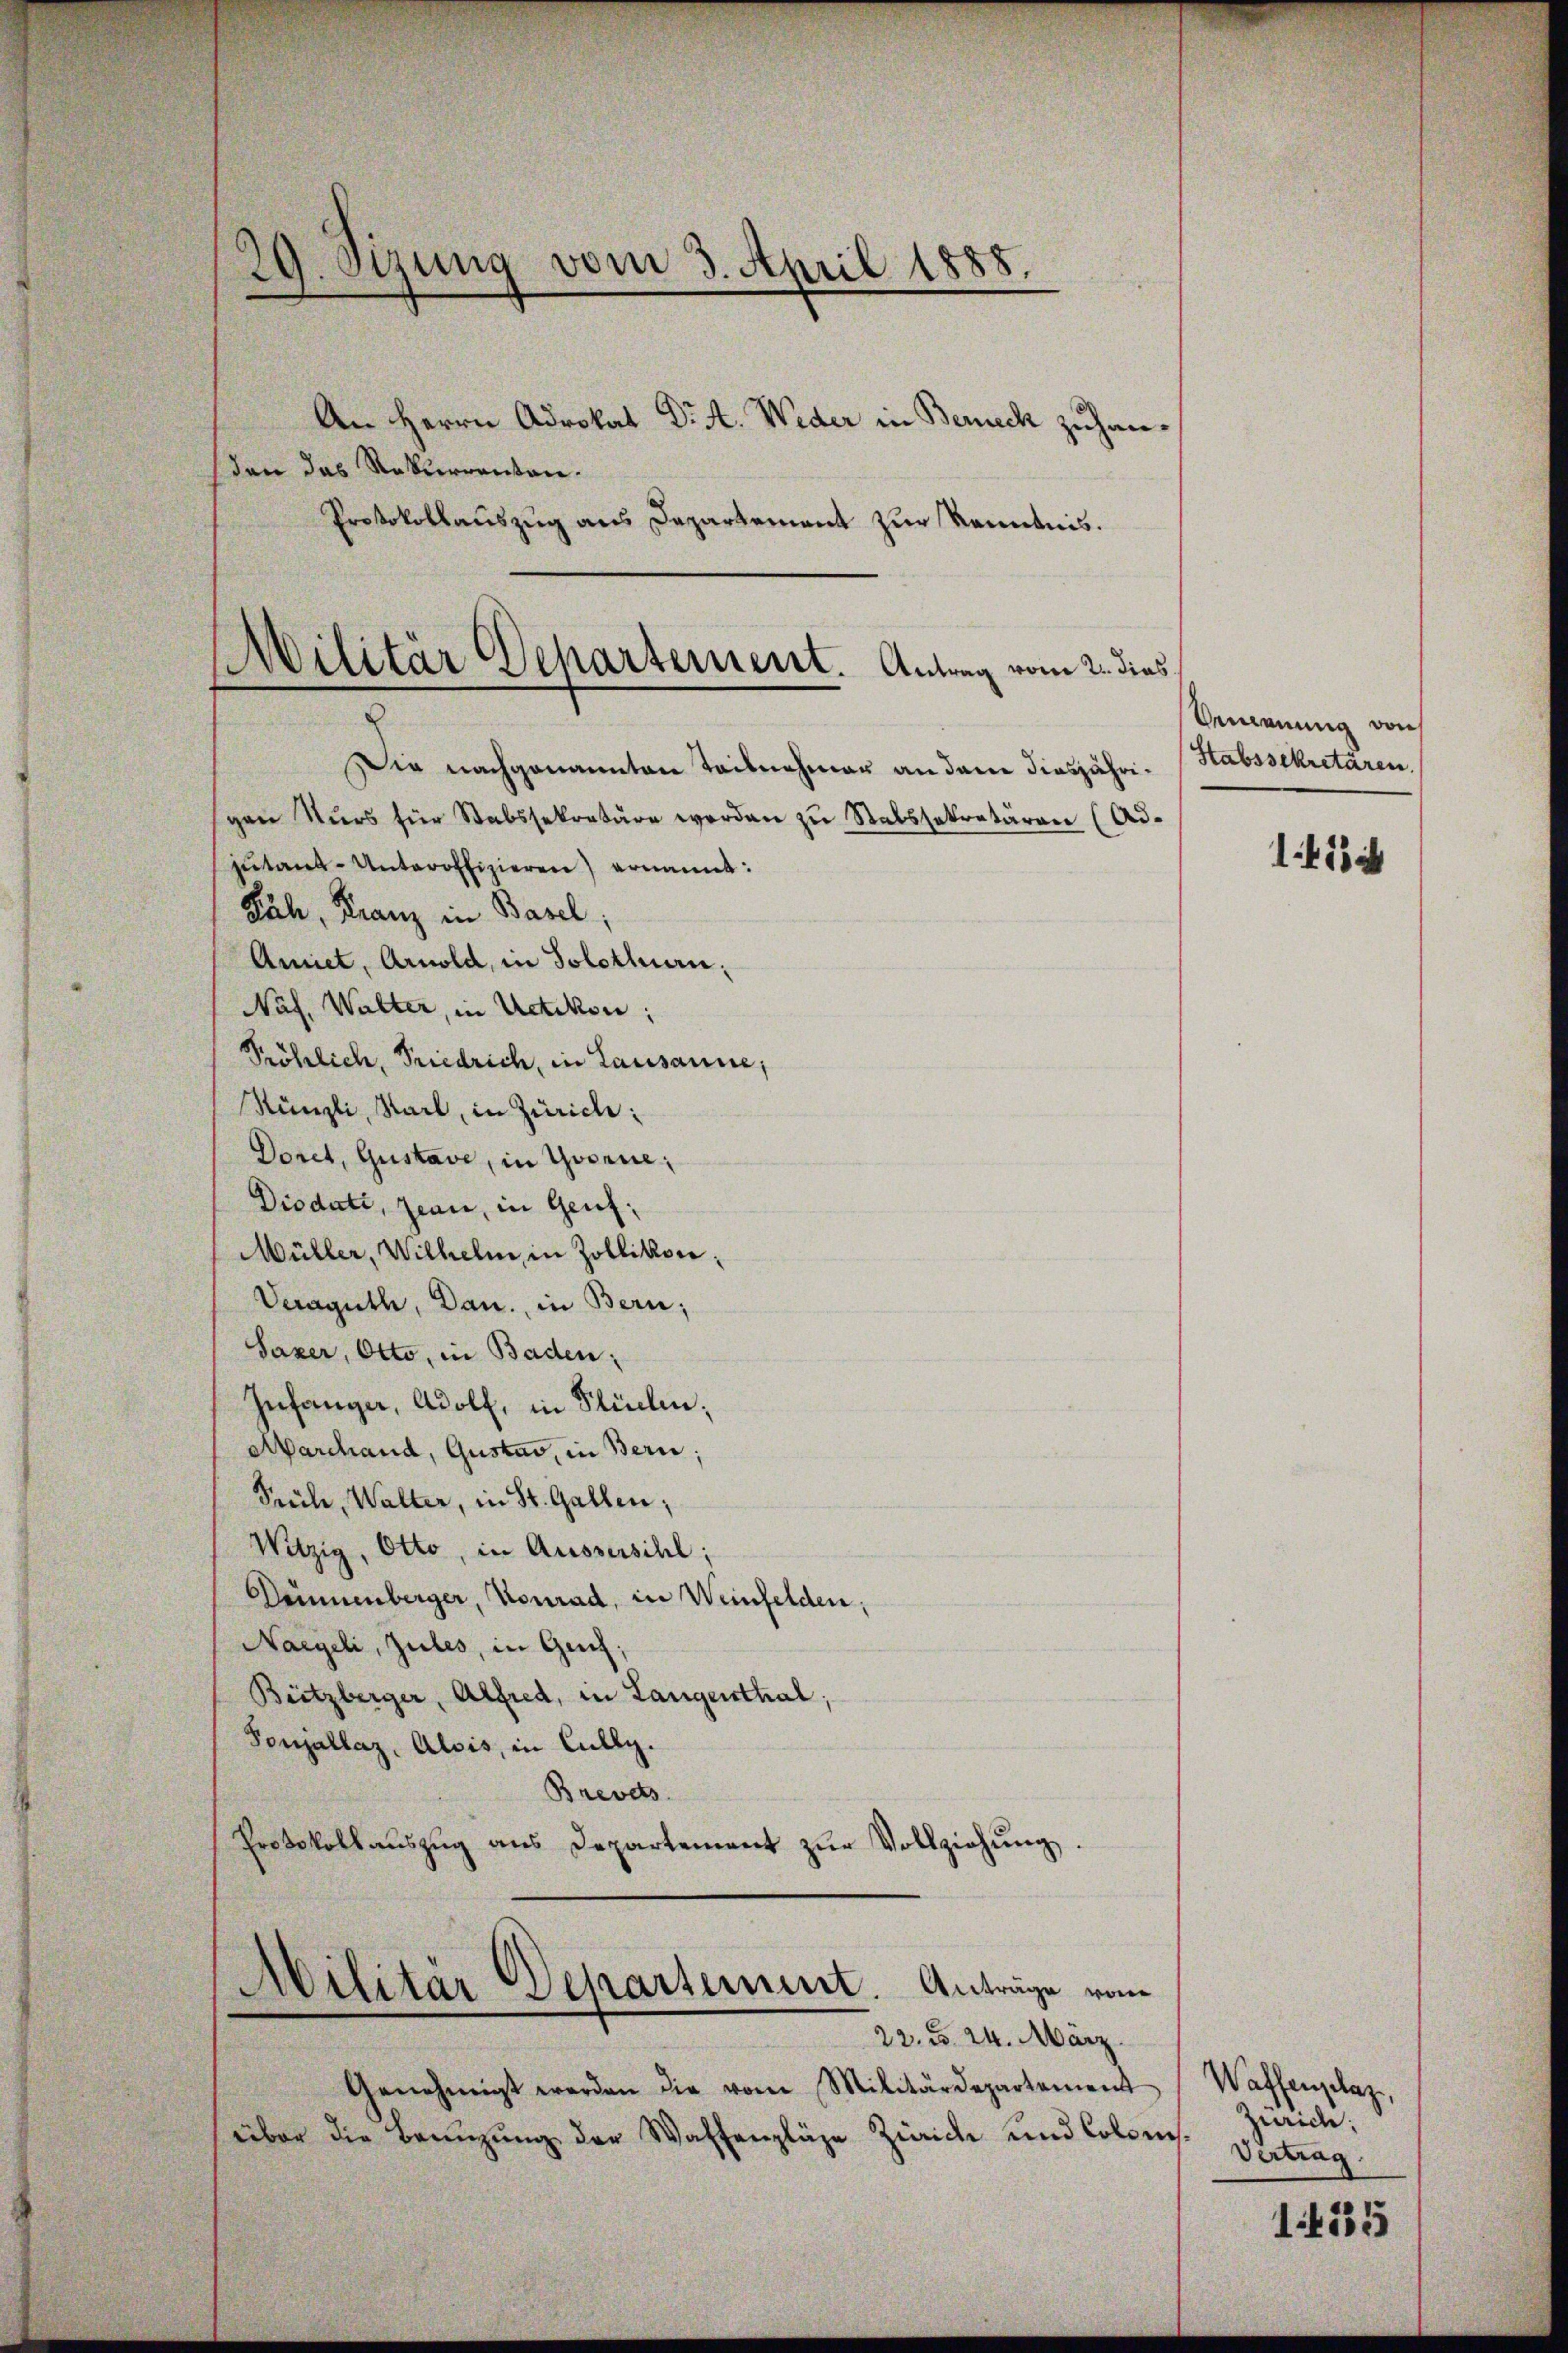
Protokollauszug aus Departement zur Kenntnis.

29. Sizung vom 3. April 1888.
An Herrn Advokat Dr A. Weder in Berneck zuhansden das Rekurrenten.

d
Militär Departement. Antrag vom 2. dies

Die nachgenannten Teilnehmer an dem diesjährigen Kurs für Stabssekretäre werden zu Stabssekretären (Adjutant-Unteroffizieren) ernannt:
Päh, Franz in Basel;
Amiet, Arnold, in Solothurn;
Naf. Walter, in Uetikon;
Pröhlich, Friedrich, in Lausanne,
Künzli, Stark, in Zürich:
Doret, Gustave, in Yvorne,
Diodate, Jean, in Genf,
Müller, Wilhelm in Zollikon,
Veraguth, Dan., in Bern;
Saxer, Otto, in Baden:
Infanger, Adolf, in Flüelen;
Marchand, Gustav, in Bern;
Srüche, Walter, in St. Gallen;
Witzig, Otto, in Aussersihl;
Drünenberger, Konrad, in Weinfelden,
Nargeli, zules, in Genf;
Büitzberger, Alfred, in Langenthal;
Ponjallaz, Alois, in Cully.
Brevets
Protokollaŭszŭg ans Departement zŭr Vollziehung.

Militär Departement. Anträge vom
22. d. 24. März.

Genehmigt werden die vom Militärdepartement
über die Benuzung der Waffenpläge Zürich und Colom

Venennung von
Stabssekretären.

1418

Waffenplaz,
Zürich;
t¬
Vertrag.
1535